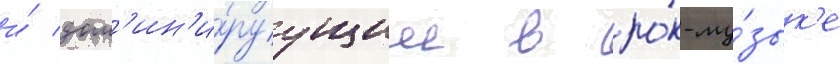
и́ дом'ин'и́руущим в ро́к-му́зык'е